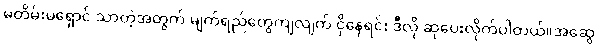
မတိမ်းမရှောင် သာတဲ့အတွက် မျက်ရည်တွေကျလျက် ငိုနေရင်း ဒီလို ဆုပေးလိုက်ပါတယ်။အဆွေ